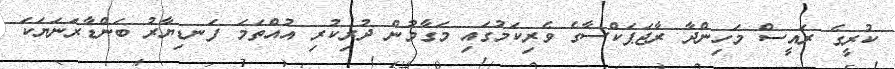
ކުރީގެ ރައީސް މަހިންދާ ރާޖަޕަކްސާގެ ވެރިކަމުގައި މަގާމުން ދުރިކުރި އުއްތަމަ ފަނޑިޔާރު ބަންޑާރަނަޔަކަ